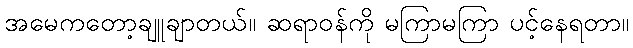
အမေကတော့ချူချာတယ်။ ဆရာဝန်ကို မကြာမကြာ ပင့်နေရတာ။